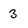
Character: 3